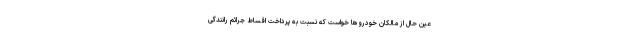
عین حال از مالکان خودروها خواست که نسبت به پرداخت اقساط جرائم رانندگی